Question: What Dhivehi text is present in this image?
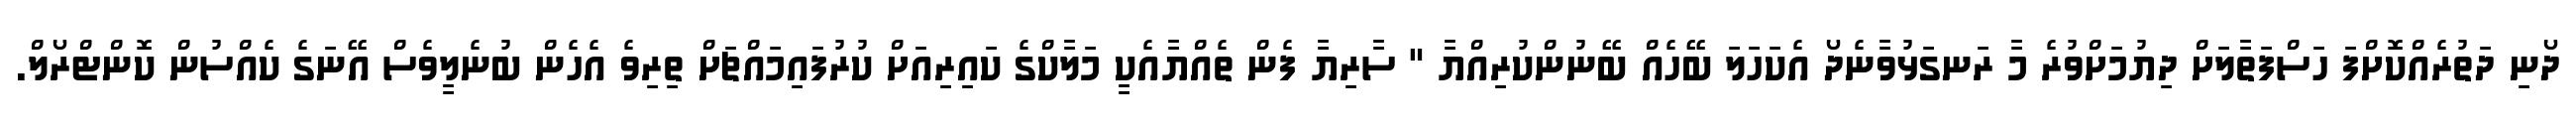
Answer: ދޯނި ދަތުރެއްކޮށްފަ ހަސްފަތާލަށް ދިޔުމަށްވުރެ މާ ރަނގަޅުވާނެދޯ އެކަހަލަ ބޭހެއް ބޭނުންކުރިއްޔާ " ސާރިޔާ ފެން ތެއްޔާއެކީ މަލާކްގެ ކައިރިއަށް ކުރުފައިމައްޗަށް ތިރިވެ އެހެން ބުނެލީވެސް އޭނަގެ ކެއްސުން ކޮންޓްރޯލް.